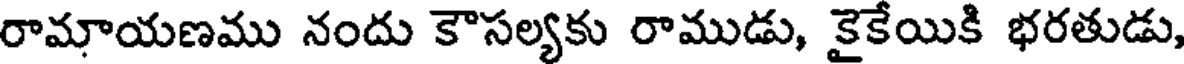
రామాయణము నందు కౌసల్యకు రాముడు, కైకేయికి భరతుడు,